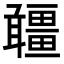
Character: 𤳾